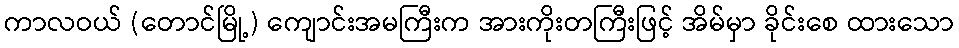
ကာလဝယ် (တောင်မြို့) ကျောင်းအမကြီးက အားကိုးတကြီးဖြင့် အိမ်မှာ ခိုင်းစေ ထားသော